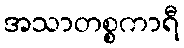
အသာတစ္စကာရီ